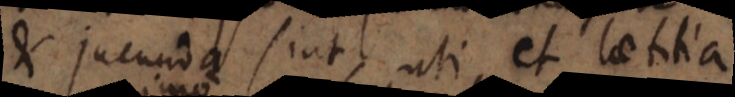
et jucunda sint, uti et laetitia